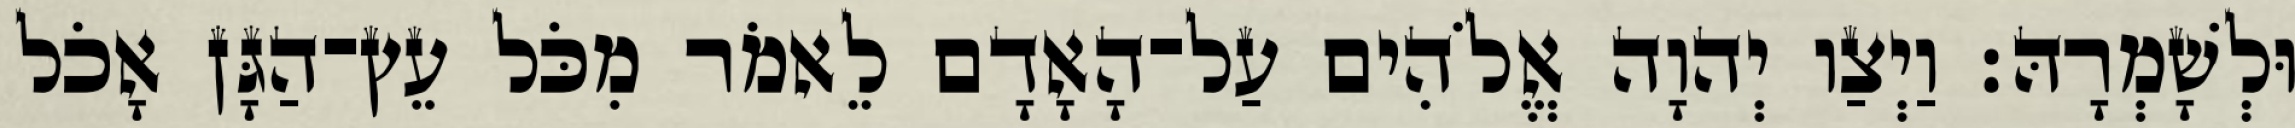
וּלְשָׁמְרָהּ׃ וַיְצַו יְהוָה אֱלֹהִים עַל־הָאָדָם לֵאמֹר מִכֹּל עֵץ־הַגָּן אָכֹל